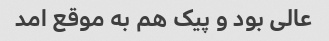
عالی بود و پیک هم به موقع امد